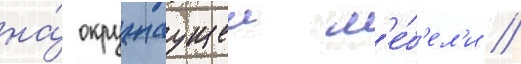
на́ окружаущеи м'е́б'ел'и //